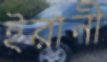
ইরানী